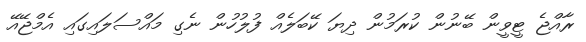
ރާއްޖެ ޓީވީން ބޭނުން ކުރަމުން ދިޔަ ކޭބަލެއް ފުލުހުން ނެގި މައްސަލައިގައި އެމްޖޭއޭ